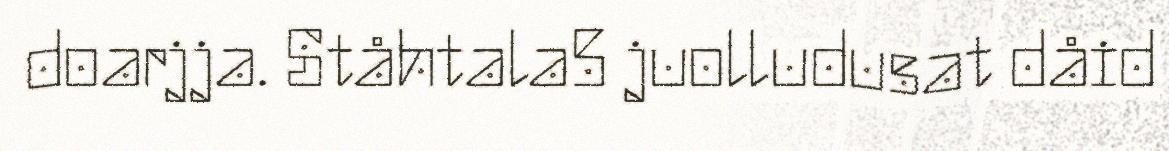
doarjja. Ståhtala5 juolludusat dåid